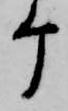
ケ